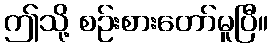
ဤသို့ စဉ်းစားတော်မူပြီ။